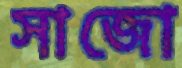
সাজো